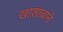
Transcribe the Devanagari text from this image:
खाशाबाने